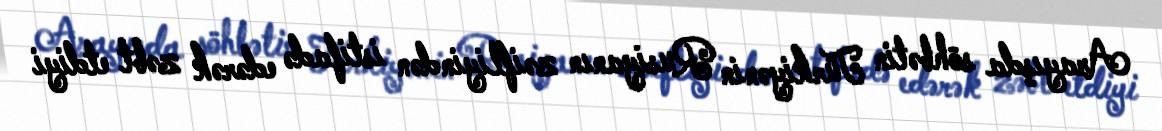
Arayışda söhbətin Türkiyənin Rusiyanın zəifliyindən istifadə edərək zəbt etdiyi